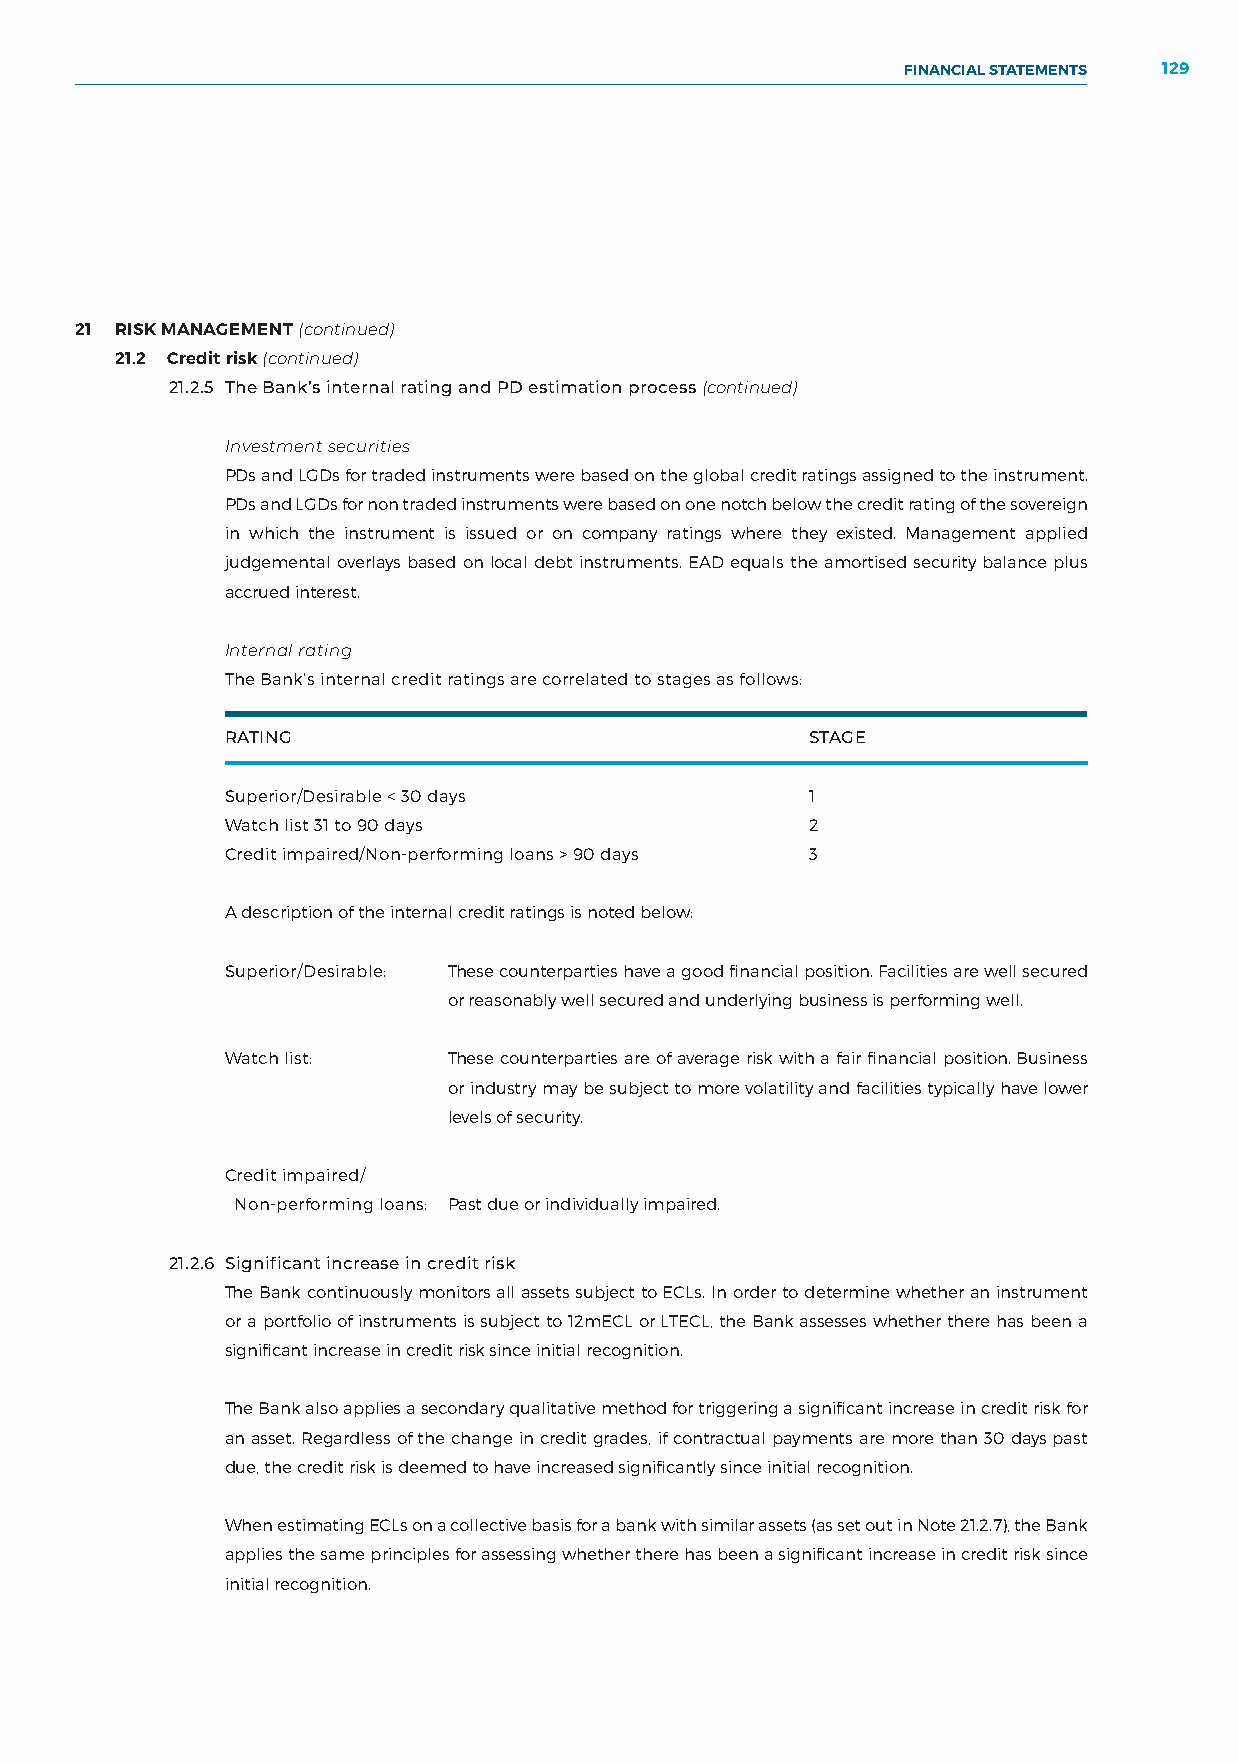
FINANCIAL STATEMENTS 129
 NOTES TO THE FINANCIAL STATEMENTS
 21 RISK MANAGEMENT (continued)
 21.2 Credit risk (continued)
 21.2.5 The Bank’s internal rating and PD estimation process (continued)
 Investment securities
 PDs and LGDs for traded instruments were based on the global credit ratings assigned to the instrument.
 PDs and LGDs for non traded instruments were based on one notch below the credit rating of the sovereign
 in which the instrument is issued or on company ratings where they existed. Management applied
 judgemental overlays based on local debt instruments. EAD equals the amortised security balance plus
 accrued interest.
 Internal rating
 The Bank’s internal credit ratings are correlated to stages as follows:
 RATING                                 STAGE
 Superior/Desirable < 30 days           1
 Watch list 31 to 90 days               2
 Credit impaired/Non-performing loans > 90 days 3
 A description of the internal credit ratings is noted below:
 Superior/Desirable: These counterparties have a good financial position. Facilities are well secured
 or reasonably well secured and underlying business is performing well.
 Watch list:    These counterparties are of average risk with a fair financial position. Business
 or industry may be subject to more volatility and facilities typically have lower
 levels of security.
 Credit impaired/
 Non-performing loans: P ast due or individually impaired.
 21.2.6 Significant increase in credit risk
 The Bank continuously monitors all assets subject to ECLs. In order to determine whether an instrument
 or a portfolio of instruments is subject to 12mECL or LTECL, the Bank assesses whether there has been a
 significant increase in credit risk since initial recognition.
 The Bank also applies a secondary qualitative method for triggering a significant increase in credit risk for
 an asset. Regardless of the change in credit grades, if contractual payments are more than 30 days past
 due, the credit risk is deemed to have increased significantly since initial recognition.
 When estimating ECLs on a collective basis for a bank with similar assets (as set out in Note 21.2.7), the Bank
 applies the same principles for assessing whether there has been a significant increase in credit risk since
 initial recognition.